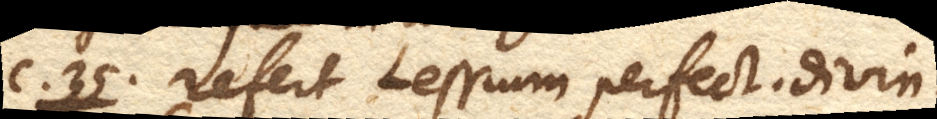
C. 35. refert Lessium perfect. divin.